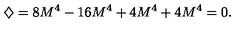
\diamondsuit = 8 M ^ { 4 } - 1 6 M ^ { 4 } + 4 M ^ { 4 } + 4 M ^ { 4 } = 0 .